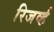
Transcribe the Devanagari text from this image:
रिजर्व्ह